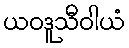
ယဝဒူသီဝါယံ